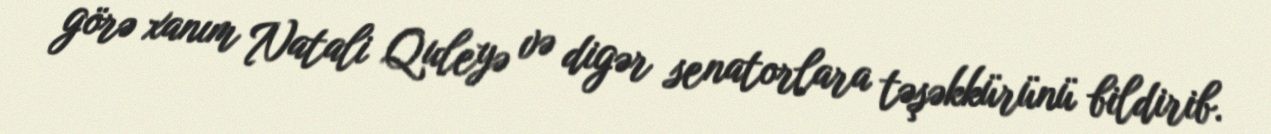
görə xanım Natali Quleyə və digər senatorlara təşəkkürünü bildirib.